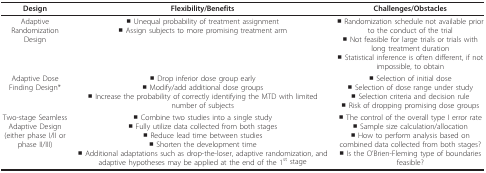
<table><thead><tr><td><b>Design</b></td><td><b>Flexibility/Benefits</b></td><td><b>Challenges/Obstacles</b></td></tr></thead><tbody><tr><td>Adaptive Randomization Design</td><td>■ Unequal probability of treatment assignment■ Assign subjects to more promising treatment arm</td><td>■ Randomization schedule not available prior to the conduct of the trial■ Not feasible for large trials or trials with long treatment duration■ Statistical inference is often different, if not impossible, to obtain</td></tr><tr><td>Adaptive Dose Finding Design*</td><td>■ Drop inferior dose group early■ Modify/add additional dose groups■ Increase the probability of correctly identifying the MTD with limited number of subjects</td><td>■ Selection of initial dose■ Selection of dose range under study■ Selection criteria and decision rule■ Risk of dropping promising dose groups</td></tr><tr><td>Two-stage Seamless Adaptive Design(either phase I/II or phase II/III)</td><td>■ Combine two studies into a single study■ Fully utilize data collected from both stages■ Reduce lead time between studies■ Shorten the development time■ Additional adaptations such as drop-the-loser, adaptive randomization, and adaptive hypotheses may be applied at the end of the 1<sup>st </sup>stage</td><td>■ The control of the overall type I error rate■ Sample size calculation/allocation■ How to perform analysis based on combined data collected from both stages?■ Is the O'Brien-Fleming type of boundaries feasible?</td></tr></tbody></table>